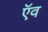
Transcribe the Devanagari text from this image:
ऍव